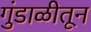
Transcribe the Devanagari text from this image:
गुंडाळीतून